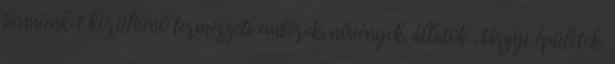
bennünket körülvevő természeti emberek, növények, állatok , tárgyi épületek,